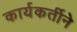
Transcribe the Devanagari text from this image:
कार्यकर्तीने